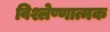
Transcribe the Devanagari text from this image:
विश्लेष्णात्मक